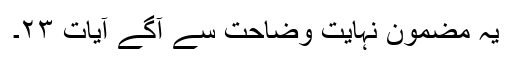
یہ مضمون نہایت وضاحت سے آگے آیات ۲۳۔